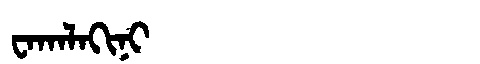
Manchu: ᠸᠠᡴᠠᠯᠠᡴᡳᠨᡳ
Romanization: WAKALAKINI